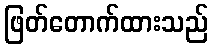
ဖြတ်တောက်ထားသည်